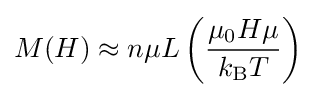
M(H)\approx n\mu L\left({\frac {\mu _{0}H\mu }{k_{\text{B}}T}}\right)